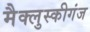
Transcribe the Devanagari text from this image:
मैक्लुस्कीगंज